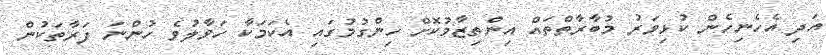
އަދި އެހެނިހެން ކުޅިވަރު މުބާރާތްތައް އިންތިޒާމުކޮށް ހިންގުމުގައި އެކަމަކާ ހަވާލުވެ ހުންނަ ފަރާތަކުން